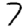
Digit: 7